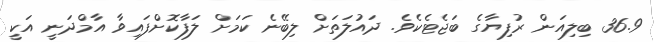
36.9 ބިލިއަން ރުފިޔާގެ ބަޖެޓެކެވެ. ދައުލަތަށް ލިބޭނެ ކަމަށް ލަފާކޮށްފައިވާ އާމްދަނީ އަކީ